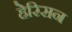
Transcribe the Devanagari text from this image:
हेरिसन